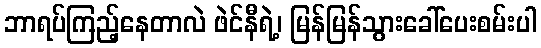
ဘာရပ်ကြည့်နေတာလဲ ဖဲင်နီရဲ့၊ မြန်မြန်သွားခေါ်ပေးစမ်းပါ